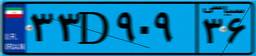
۳۳D۹۰۹۳۶